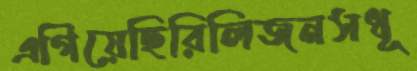
এগিয়েছিরিলিজনসধূ